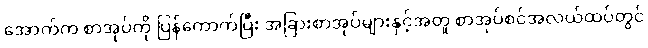
အောက်က စာအုပ်ကို ပြန်ကောက်ပြီး အခြားစာအုပ်များနှင့်အတူ စာအုပ်စင်အလယ်ထပ်တွင်